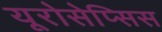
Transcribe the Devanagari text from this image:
यूरोसेप्सिस